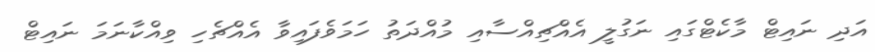
އަދި ނައިޓް މާކެޓްގައި ނަގުލީ އެއްޗިއްސާއި މުއްދަތު ހަމަވެފައިވާ އެއްޗެހި ވިއްކާނަމަ ނައިޓް